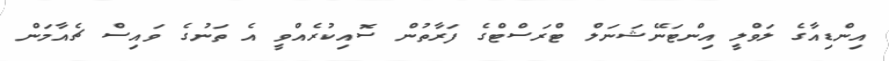
އިންޑިއާގެ ލަވްލީ އިންޓަނޭޝަނަލް ޓްރަސްޓްގެ ފަރާތުން ސޮއިކުރެއްވީ އެ ތަނުގެ ވައިސް ޗެއާމަން